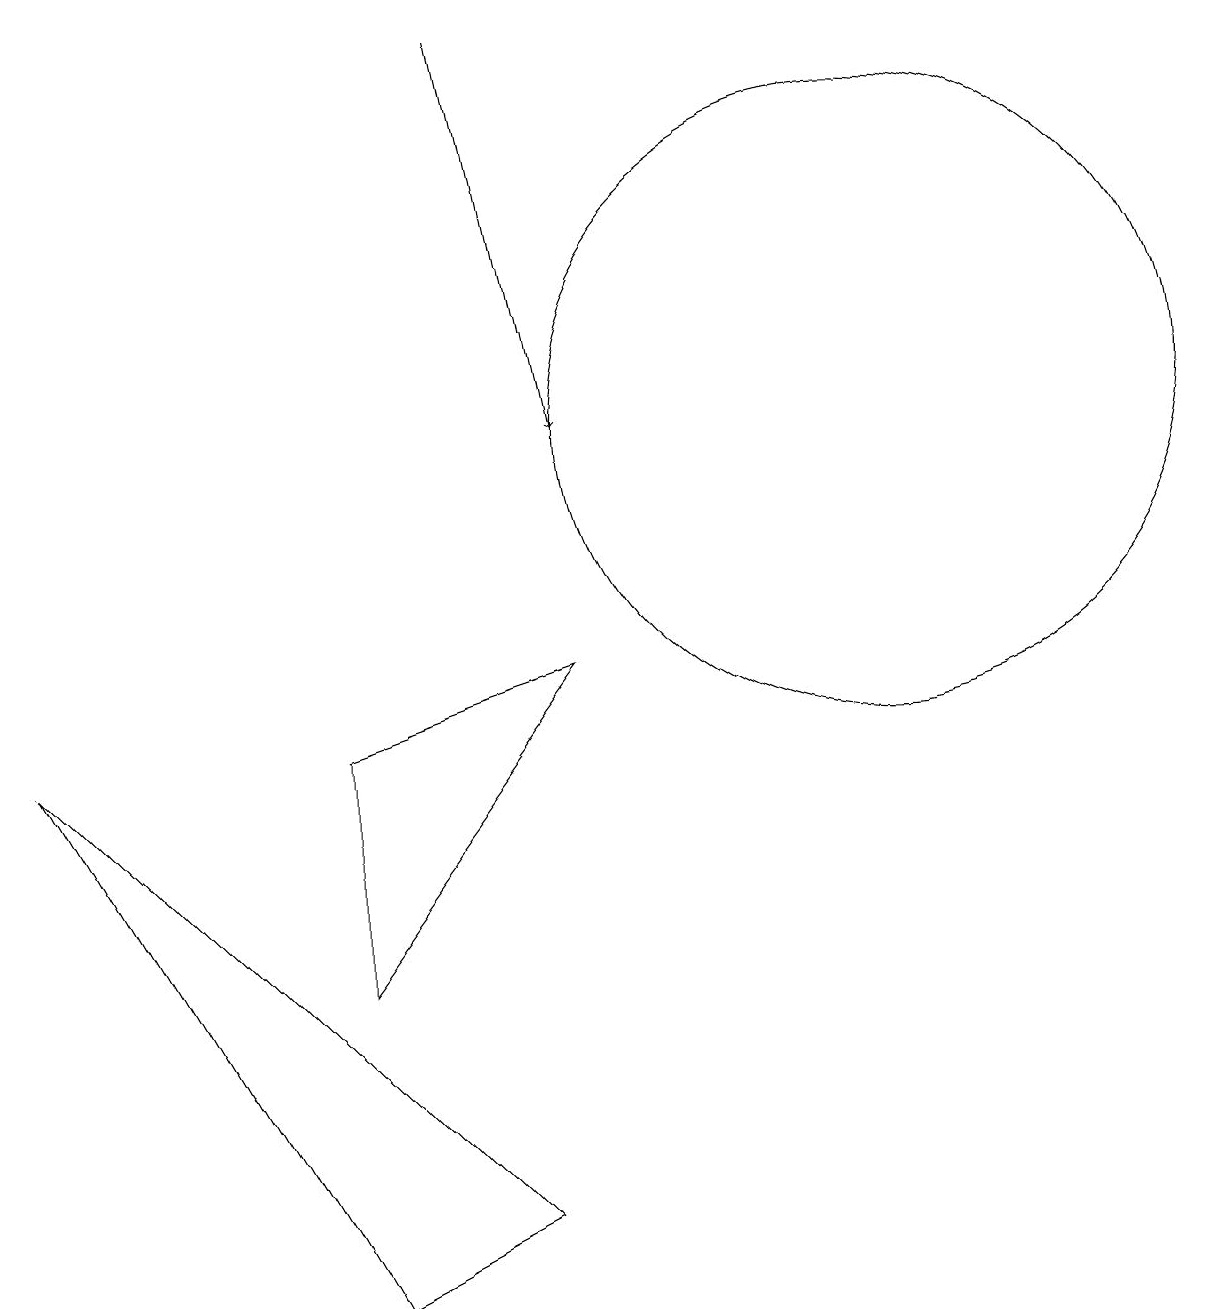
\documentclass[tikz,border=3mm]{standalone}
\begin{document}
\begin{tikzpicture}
\draw (12,12) circle (0);
\draw (6,1) -- (4,0) -- (0,7) -- cycle;
\draw (11,11) circle (4);
\draw[->] (6,16) -- (7,11);
\draw (4,4) -- (4,7) -- (7,8) -- cycle;
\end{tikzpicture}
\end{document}